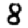
Digit: 8